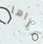
نراها